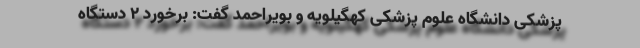
پزشکی دانشگاه علوم پزشکی کهگیلویه و بویراحمد گفت: برخورد ۲ دستگاه